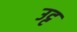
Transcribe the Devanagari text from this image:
उट्ट